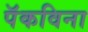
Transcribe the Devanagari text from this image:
पॅकविना